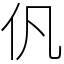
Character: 𠆩